Subject: cs
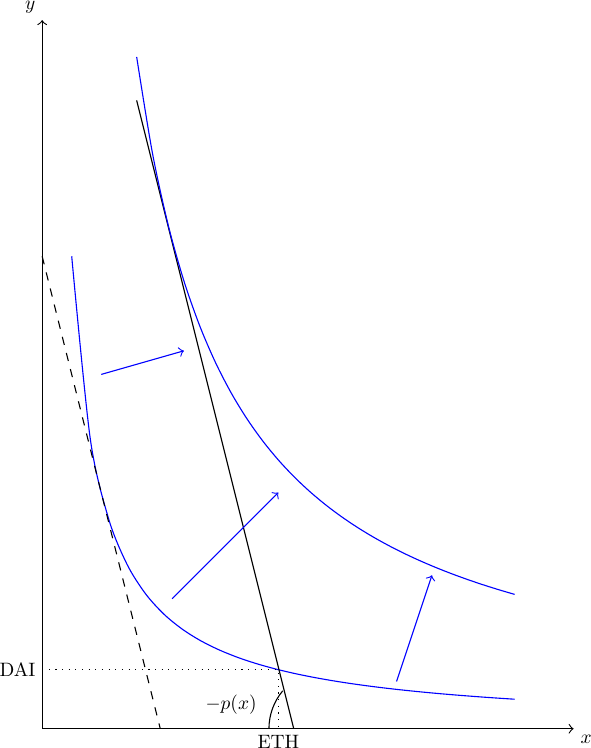
LaTeX code:
     \begin{tikzpicture}[scale=1.5, every node/.style={scale=.7}]

    \draw[->] (0,0) -- (4.5,0) node[below right] {$x$};
    \draw[->] (0,0) -- (0,6) node[above left] {$y$};
    \draw[domain=0.25:4,smooth,variable=\x,blue] plot ({\x},{1/\x}) ;

 \draw[dashed] (0,2+.5*4)-- (.5,2) --(2/4+.5,0);

 \draw[dotted] (0,.5)node[left]{DAI} -- (2,.5) -- (2,0) node[below]{ETH};

\draw(2-.08,0) arc[start angle=0, end angle=-40, radius=-.5];
    \node at (2-.4,.2)  {$-p(x)$};

\draw(.8,{(2+.5*4)/(2/4+.5)*(2.13-.8)})--(2.13,0);

\draw[blue, ->](3,.4)--(3.3,1.3);

\draw[blue, ->](1.1,1.1)--(2,2);

\draw[blue, ->](.5,3)--(1.2,3.2);

  \draw[domain=.8:4,smooth,variable=\x,blue] plot ({\x},{4.55/\x}) ;

\end{tikzpicture}